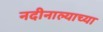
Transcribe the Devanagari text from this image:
नदीनाल्याच्या